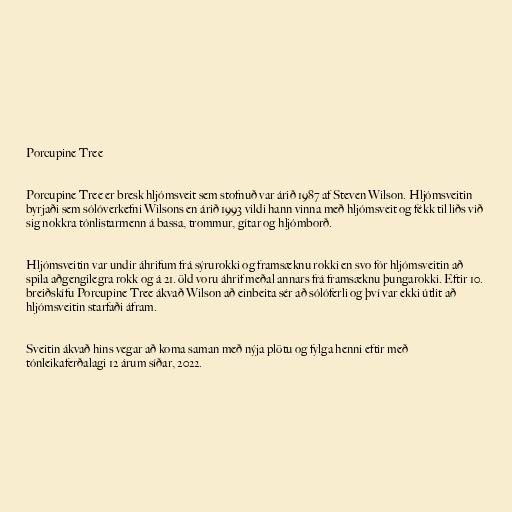
Porcupine Tree

Porcupine Tree er bresk hljómsveit sem stofnuð var árið 1987 af Steven Wilson. Hljómsveitin
byrjaði sem sólóverkefni Wilsons en árið 1993 vildi hann vinna með hljómsveit og fékk til liðs við
sig nokkra tónlistarmenn á bassa, trommur, gítar og hljómborð.

Hljómsveitin var undir áhrifum frá sýrurokki og framsæknu rokki en svo fór hljómsveitin að
spila aðgengilegra rokk og á 21. öld voru áhrif meðal annars frá framsæknu þungarokki. Eftir 10.
breiðskífu Porcupine Tree ákvað Wilson að einbeita sér að sólóferli og því var ekki útlit að
hljómsveitin starfaði áfram.

Sveitin ákvað hins vegar að koma saman með nýja plötu og fylga henni eftir með
tónleikaferðalagi 12 árum síðar, 2022.